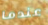
عندما